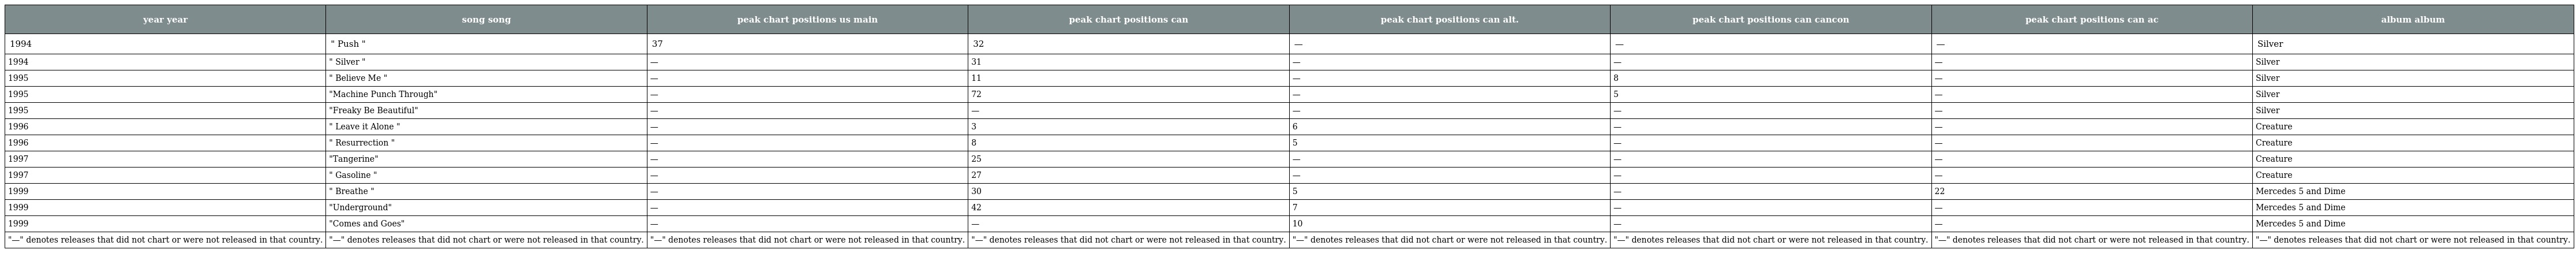
| year year | song song | peak chart positions us main | peak chart positions can | peak chart positions can alt. | peak chart positions can cancon | peak chart positions can ac | album album |
 | --- | --- | --- | --- | --- | --- | --- | --- |
 | 1994 | " Push " | 37 | 32 | — | — | — | Silver |
 | 1994 | " Silver " | — | 31 | — | — | — | Silver |
 | 1995 | " Believe Me " | — | 11 | — | 8 | — | Silver |
 | 1995 | "Machine Punch Through" | — | 72 | — | 5 | — | Silver |
 | 1995 | "Freaky Be Beautiful" | — | — | — | — | — | Silver |
 | 1996 | " Leave it Alone " | — | 3 | 6 | — | — | Creature |
 | 1996 | " Resurrection " | — | 8 | 5 | — | — | Creature |
 | 1997 | "Tangerine" | — | 25 | — | — | — | Creature |
 | 1997 | " Gasoline " | — | 27 | — | — | — | Creature |
 | 1999 | " Breathe " | — | 30 | 5 | — | 22 | Mercedes 5 and Dime |
 | 1999 | "Underground" | — | 42 | 7 | — | — | Mercedes 5 and Dime |
 | 1999 | "Comes and Goes" | — | — | 10 | — | — | Mercedes 5 and Dime |
 | "—" denotes releases that did not chart or were not released in that country. | "—" denotes releases that did not chart or were not released in that country. | "—" denotes releases that did not chart or were not released in that country. | "—" denotes releases that did not chart or were not released in that country. | "—" denotes releases that did not chart or were not released in that country. | "—" denotes releases that did not chart or were not released in that country. | "—" denotes releases that did not chart or were not released in that country. | "—" denotes releases that did not chart or were not released in that country. |